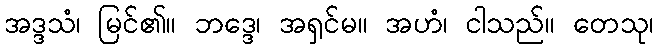
အဒ္ဒသံ၊ မြင်၏။ ဘဒ္ဒေ၊ အရှင်မ။ အဟံ၊ ငါသည်။ တေသု၊